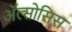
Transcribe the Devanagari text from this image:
ॲल्सोसिस